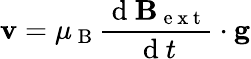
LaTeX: \mathbf{v}=\mu_{\mathrm{~B~}}\frac{\mathrm{~d~}\mathbf{B}_{\mathrm{~e~x~t~}}}{\mathrm{~d~}t}\cdot\mathbf{g}